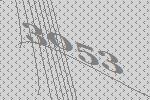
3053